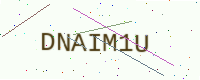
Text: DNAIM1U